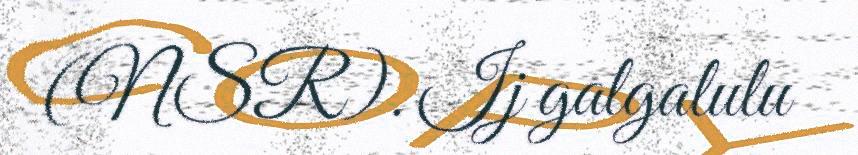
(NSR). Ij galgalulu